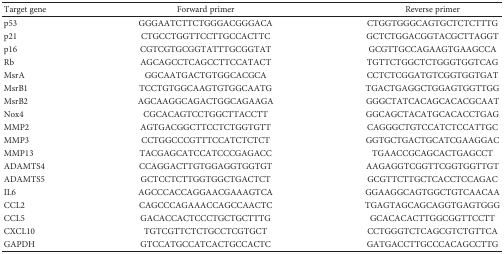
<table><thead><tr><td><b>Target gene</b></td><td><b>Forward primer</b></td><td><b>Reverse primer</b></td></tr></thead><tbody><tr><td>p53</td><td>GGGAATCTTCTGGGACGGGACA</td><td>CTGGTGGGCAGTGCTCTCTTTG</td></tr><tr><td>p21</td><td>CTGCCTGGTTCCTTGCCACTTC</td><td>GCTCTGGACGGTACGCTTAGGT</td></tr><tr><td>p16</td><td>CGTCGTGCGGTATTTGCGGTAT</td><td>GCGTTGCCAGAAGTGAAGCCA</td></tr><tr><td>Rb</td><td>AGCAGCCTCAGCCTTCCATACT</td><td>TGTTCTGGCTCTGGGTGGTCAG</td></tr><tr><td>MsrA</td><td>GGCAATGACTGTGGCACGCA</td><td>CCTCTCGGATGTCGGTGGTGAT</td></tr><tr><td>MsrB1</td><td>TCCTGTGGCAAGTGTGGCAATG</td><td>TGACTGAGGCTGGAGTGGTTGG</td></tr><tr><td>MsrB2</td><td>AGCAAGGCAGACTGGCAGAAGA</td><td>GGGCTATCACAGCACACGCAAT</td></tr><tr><td>Nox4</td><td>CGCACAGTCCTGGCTTACCTT</td><td>GGCAGCTACATGCACACCTGAG</td></tr><tr><td>MMP2</td><td>AGTGACGGCTTCCTCTGGTGTT</td><td>CAGGGCTGTCCATCTCCATTGC</td></tr><tr><td>MMP3</td><td>CCTGGCCCGTTTCCATCTCTCT</td><td>GGTGCTGACTGCATCGAAGGAC</td></tr><tr><td>MMP13</td><td>TACGAGCATCCATCCCGAGACC</td><td>TGAACCGCAGCACTGAGCCT</td></tr><tr><td>ADAMTS4</td><td>CCAGGACTTGTGGAGGTGGTGT</td><td>AAGAGGTCGGTTCGGTGGTTGT</td></tr><tr><td>ADAMTS5</td><td>GCTCCTCTTGGTGGCTGACTCT</td><td>GCGTTCTTGCTCACCTCCAGAC</td></tr><tr><td>IL6</td><td>AGCCCACCAGGAACGAAAGTCA</td><td>GGAAGGCAGTGGCTGTCAACAA</td></tr><tr><td>CCL2</td><td>CAGCCCAGAAACCAGCCAACTC</td><td>TGAGTAGCAGCAGGTGAGTGGG</td></tr><tr><td>CCL5</td><td>GACACCACTCCCTGCTGCTTTG</td><td>GCACACACTTGGCGGTTCCTT</td></tr><tr><td>CXCL10</td><td>TGTCGTTCTCTGCCTCGTGCT</td><td>CCTGGGTCTCAGCGTCTGTTCA</td></tr><tr><td>GAPDH</td><td>GTCCATGCCATCACTGCCACTC</td><td>GATGACCTTGCCCACAGCCTTG</td></tr></tbody></table>